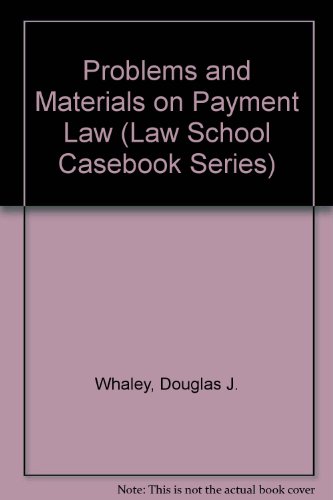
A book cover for Problems and Materials on Payment Law (Law School Casebook Series); Douglas J. Whaley; Law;